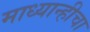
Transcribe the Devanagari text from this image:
माध्यान्हीचा